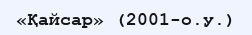
«Қайсар» (2001-о.у.)